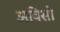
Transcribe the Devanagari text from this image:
अविसो